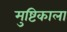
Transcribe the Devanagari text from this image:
मुष्टिकाला